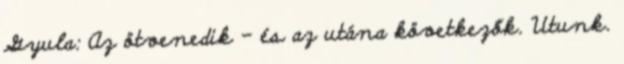
Gyula: Az ötvenedik – és az utána következők. Utunk.